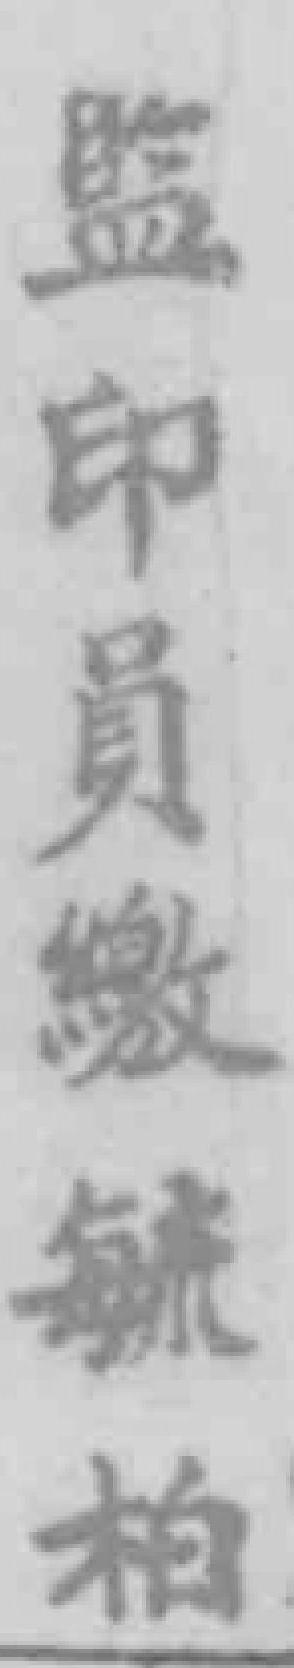
監印員繳毓柏